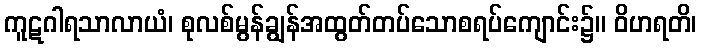
ကူဋဂါရသာလာယံ၊ စုလစ်မွန်ချွန်အထွတ်တပ်သောစရပ်ကျောင်း၌။ ဝိဟရတိ၊